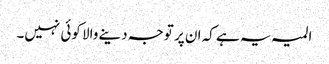
المیہ یہ ہے کہ ان پر توجہ دینے والا کوئی نہیں۔